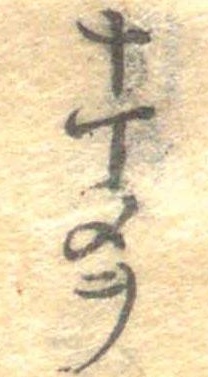
十丁メヲ